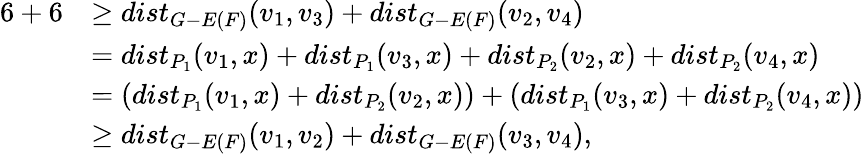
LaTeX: \begin{array}{rl}{6+6}&{\geq dist_{G-E(F)}(v_{1},v_{3})+dist_{G-E(F)}(v_{2},v_{4})}\\ &{=dist_{P_{1}}(v_{1},x)+dist_{P_{1}}(v_{3},x)+dist_{P_{2}}(v_{2},x)+dist_{P_{2}}(v_{4},x)}\\ &{=(dist_{P_{1}}(v_{1},x)+dist_{P_{2}}(v_{2},x))+(dist_{P_{1}}(v_{3},x)+dist_{P_{2}}(v_{4},x))}\\ &{\geq dist_{G-E(F)}(v_{1},v_{2})+dist_{G-E(F)}(v_{3},v_{4}),}\end{array}